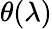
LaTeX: \theta(\lambda)